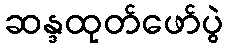
ဆန္ဒထုတ်ဖော်ပွဲ